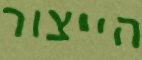
הייצור